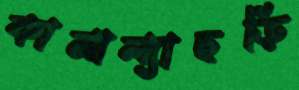
কামাল্যাছড়ি